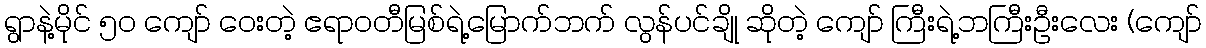
ရွာနဲ့မိုင် ၅၀ ကျော် ဝေးတဲ့ ဧရာဝတီမြစ်ရဲ့မြောက်ဘက် လွန်ပင်ချို ဆိုတဲ့ ကျော် ကြီးရဲ့ဘကြီးဦးလေး (ကျော်